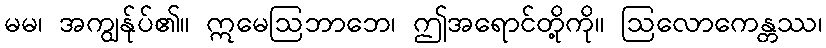
မမ၊ အကျွန်ုပ်၏။ ဣမေဩဘာဘေ၊ ဤအရောင်တို့ကို။ ဩလောကေန္တဿ၊